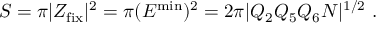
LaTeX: S = \pi | Z _ { \mathrm { f i x } } | ^ { 2 } = \pi ( E ^ { \mathrm { m i n } } ) ^ { 2 } = 2 \pi | Q _ { 2 } Q _ { 5 } Q _ { 6 } N | ^ { 1 / 2 } \ .